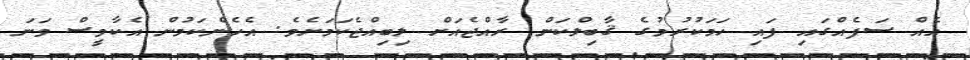
އެއް ސަފެއްގައި ފައި ހަމަކުރުމުގެ ޤާބިލްކަން ރާއްޖެއަށް ލިބިއްޖެކަމަށެވެ. އެހެންކަމުން އެކާވީސް ވަނަ